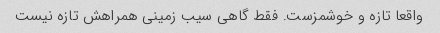
واقعا تازه و خوشمزست. فقط گاهی سیب زمینی همراهش تازه نیست